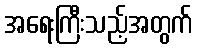
အရေးကြီးသည့်အတွက်